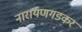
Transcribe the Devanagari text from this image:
नारायणगडकर